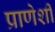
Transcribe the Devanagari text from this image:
प्राणेशी